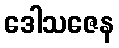
ဒေါသဇေန